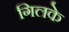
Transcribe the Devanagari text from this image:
गिलके